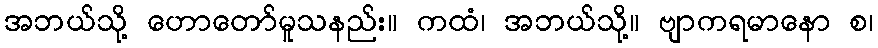
အဘယ်သို့ ဟောတော်မူသနည်း။ ကထံ၊ အဘယ်သို့။ ဗျာကရမာနော စ၊